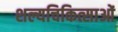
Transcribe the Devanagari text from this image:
शल्यचिकित्साओं